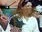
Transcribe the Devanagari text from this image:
रूपसंवेदन